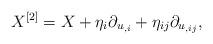
LaTeX: \begin{align*}X^{\left[ 2\right] }=X+\eta _{i}\partial _{u_{,i}}+\eta _{ij}\partial_{u_{,ij}}, \end{align*}